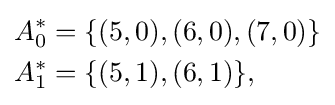
{\begin{aligned}A_{0}^{*}&=\{(5,0),(6,0),(7,0)\}\\A_{1}^{*}&=\{(5,1),(6,1)\},\\\end{aligned}}